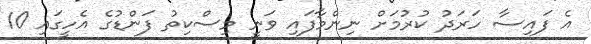
އެ ފައިސާ ހަރަދު ކުރުމަށް ނިންމާފައި ވަނީ މިސްކިތު ފަންޑުގެ އެހީގައި 10